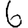
Digit: 6